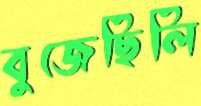
বুজেছিলি